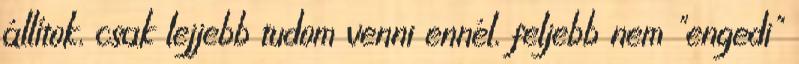
állítok, csak lejjebb tudom venni ennél, feljebb nem "engedi"